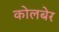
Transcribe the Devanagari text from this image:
कोलबेर